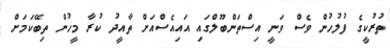
ތުރުކީގެ ފުލުހުން ވެސް ވަނީ އިސްތަންބޫލްގައި އައިއެސްއަށް ތާއީދު ކުރާ މީހުން ތިބޭކަމަށް